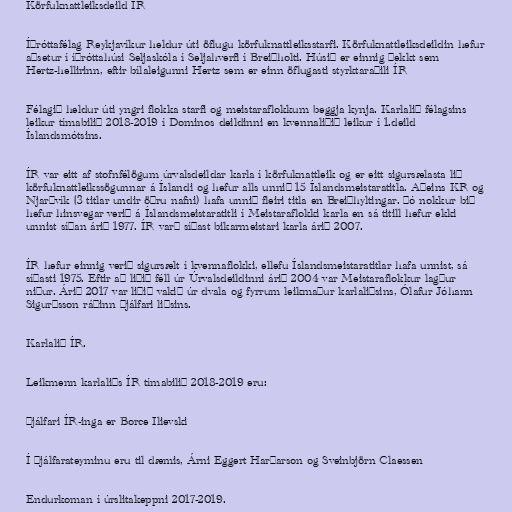
Körfuknattleiksdeild ÍR

Íþróttafélag Reykjavíkur heldur úti öflugu körfuknattleiksstarfi. Körfuknattleiksdeildin hefur
aðsetur í íþróttahúsi Seljaskóla í Seljahverfi í Breiðholti. Húsið er einnig þekkt sem
Hertz-hellirinn, eftir bílaleigunni Hertz sem er einn öflugasti styrktaraðili ÍR

Félagið heldur úti yngri flokka starfi og meistaraflokkum beggja kynja. Karlalið félagsins
leikur tímabilið 2018-2019 í Dominos deildinni en kvennaliðið leikur í 1.deild
Íslandsmótsins.

ÍR var eitt af stofnfélögum úrvalsdeildar karla í körfuknattleik og er eitt sigursælasta lið
körfuknattleikssögunnar á Íslandi og hefur alls unnið 15 Íslandsmeistaratitla. Aðeins KR og
Njarðvík (3 titlar undir öðru nafni) hafa unnið fleiri titla en Breiðhyltingar. Þó nokkur bið
hefur hinsvegar verið á Íslandsmeistaratitli í Meistaraflokki karla en sá titill hefur ekki
unnist síðan árið 1977. ÍR varð síðast bikarmeistari karla árið 2007.

ÍR hefur einnig verið sigursælt í kvennaflokki, ellefu Íslandsmeistaratitlar hafa unnist, sá
síðasti 1975. Eftir að liðið féll úr Úrvalsdeildinni árið 2004 var Meistaraflokkur lagður
niður. Árið 2017 var liðið vakið úr dvala og fyrrum leikmaður karlaliðsins, Ólafur Jóhann
Sigurðsson ráðinn þjálfari liðsins.

Karlalið ÍR.

Leikmenn karlaliðs ÍR tímabilið 2018-2019 eru:

Þjálfari ÍR-inga er Borce Ilievski

Í þjálfarateyminu eru til dæmis, Árni Eggert Harðarson og Sveinbjörn Claessen

Endurkoman í úrslitakeppni 2017-2019.